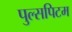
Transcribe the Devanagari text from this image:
पुल्सपिटम